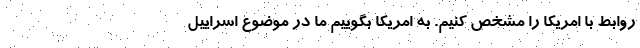
روابط با امريكا را مشخص كنيم. به امريكا بگوييم ما در موضوع اسراييل